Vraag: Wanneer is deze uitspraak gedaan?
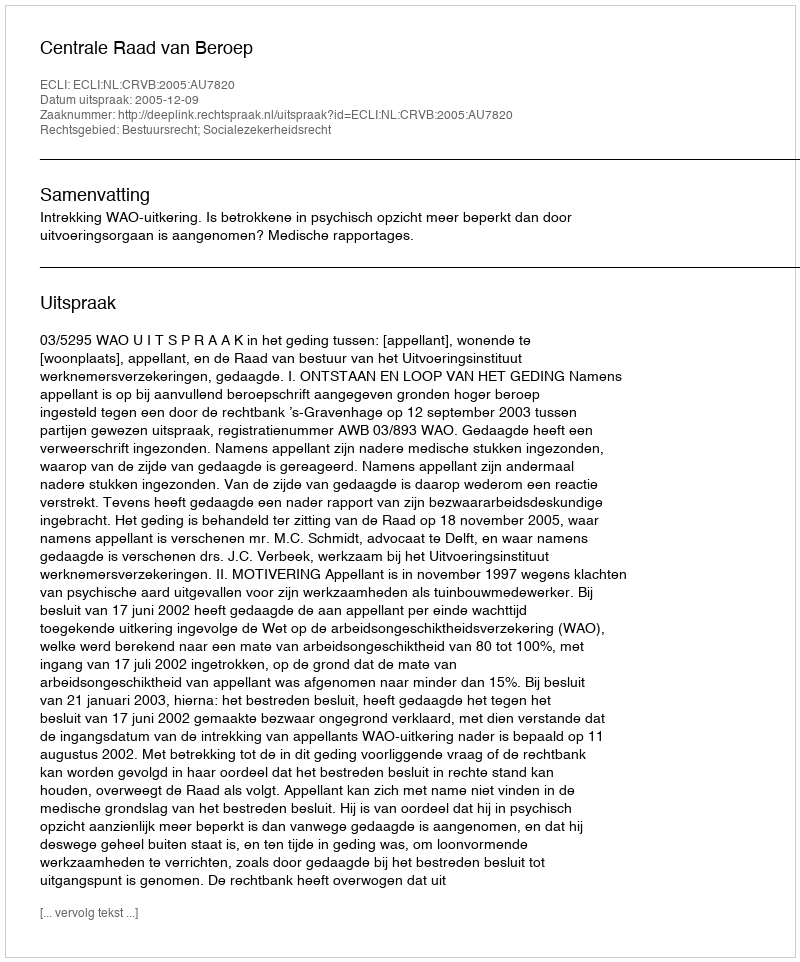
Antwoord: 2005-12-09